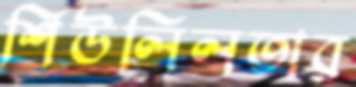
শিউলিলতার